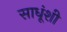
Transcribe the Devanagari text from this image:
साधूंशी